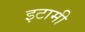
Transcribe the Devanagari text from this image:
इटामी